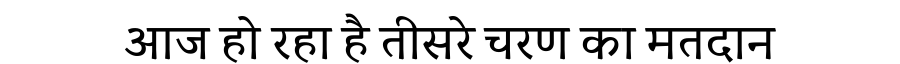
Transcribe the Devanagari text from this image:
आज हो रहा है तीसरे चरण का मतदान